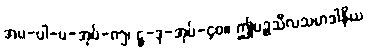
အပ-ပါ-ပ-အုပ်-၈၅၊ ဋ္ဌ-ဒု-အုပ်-၄၀။ ဤပဉ္စသီလသမာဒါနိယ